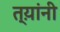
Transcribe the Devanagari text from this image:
त्य़ांनी